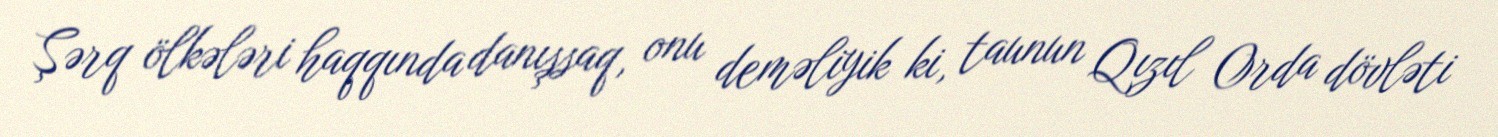
Şərq ölkələri haqqında danışsaq, onu deməliyik ki, taunun Qızıl Orda dövləti